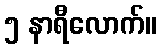
၅ နာရီလောက်။